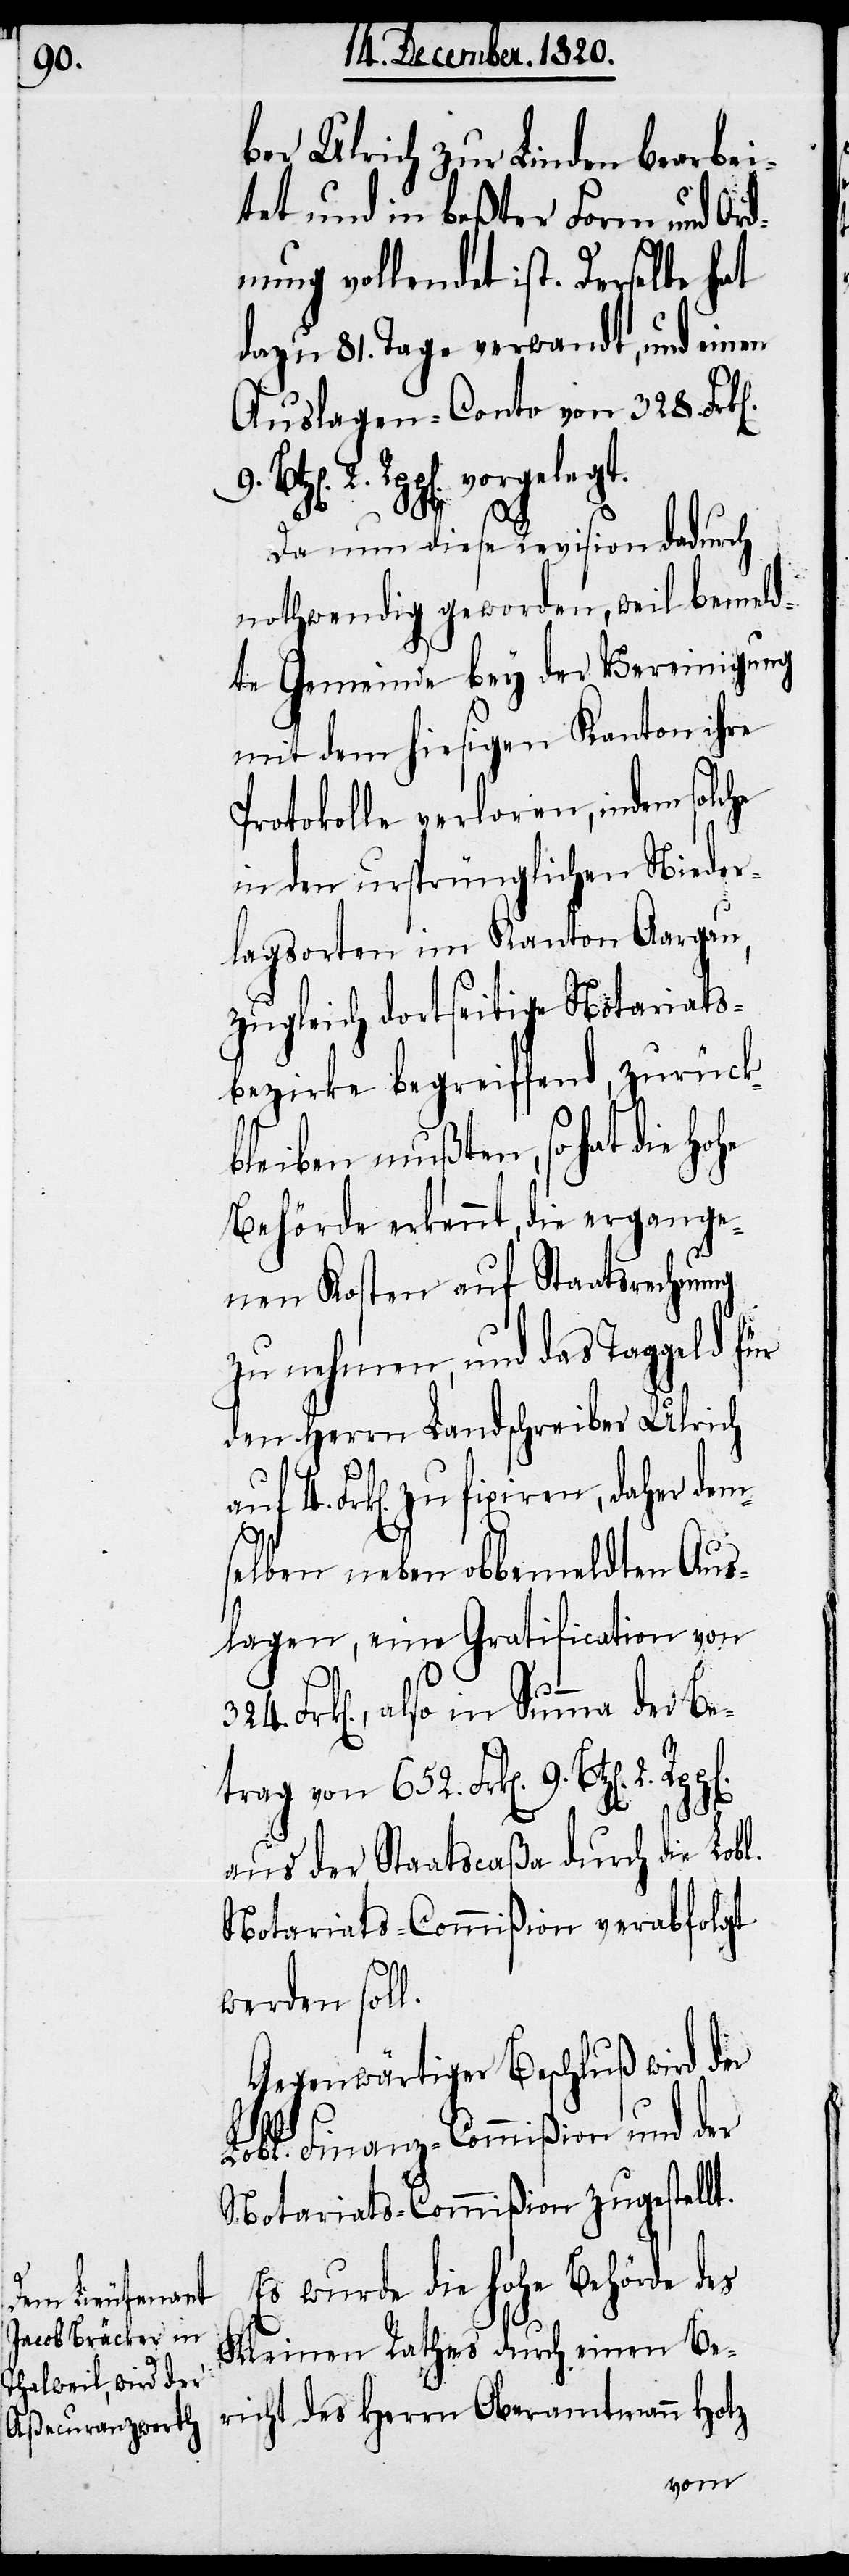
9.

2.

ber Ulrich zur Linden bearbei¬
tet und in beßter Form und Ord¬
nung vollendet ist. Derselbe hat
dazu 81. Tage verwandt, und einen
Auslagen-Conto von 328.
2. Rpp[en]. vorgelegt.
Da nun diese Revision dadurch
nothwendig geworden, weil bemeld¬
te Gemeinde bey der Vereinigung
mit dem hiesigen Kanton ihre
Protokolle verloren, indem solche
in den ursprünglichen Nieder¬
lagsorten im Kanton Aargau,
zugleich dortseitige Notariats¬
bezirke begreiffend, zurück¬
bleiben mußten, so hat die
Behörde erkennt, die ergange¬
nen Kosten auf Staatsrechnung
zu nehmen, und das Taggeld f¬
den Herrn Landschreiber Ulrich
Frk[en]. zu fixiren, daher dem¬
selben neben obbemeldten Aus¬
lagen, eine Gratification von
ür
Frk[en]., also in Summa der Be¬
trag von 652. Frk[en].
aus der Staatscaßa durch die Lobl.
Notariats-Commißion verabfolgt
werden soll.
Gegenwärtiger Beschluß wird der
Lobl. Finanz-Commißion und der
Notariats-Commißion zugestellt.
Es wurde die hohe Behörde des
Kleinen Rathes durch einen Be¬
richt des Herrn Oberamtmann Hotz